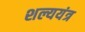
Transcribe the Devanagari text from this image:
शल्ययंत्र